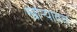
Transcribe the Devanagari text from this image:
खोऱ्यातच